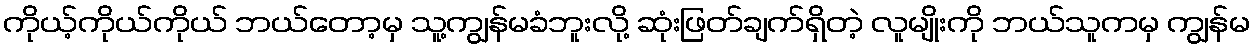
ကိုယ့်ကိုယ်ကိုယ် ဘယ်တော့မှ သူ့ကျွန်မခံဘူးလို့ ဆုံးဖြတ်ချက်ရှိတဲ့ လူမျိုးကို ဘယ်သူကမှ ကျွန်မ